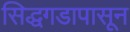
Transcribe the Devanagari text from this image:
सिद्धगडापासून